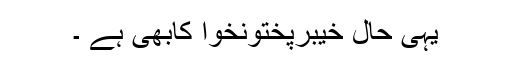
یہی حال خیبرپختونخوا کابھی ہے ۔